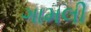
ગામલી